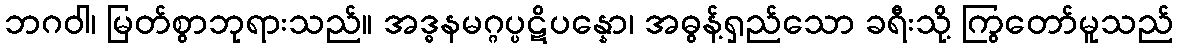
ဘဂဝါ၊ မြတ်စွာဘုရားသည်။ အဒ္ဓနမဂ္ဂပ္ပဋိပန္နော၊ အဓွန့်ရှည်သော ခရီးသို့ ကြွတော်မူသည်